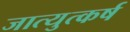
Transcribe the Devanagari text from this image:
जात्युत्कर्ष